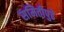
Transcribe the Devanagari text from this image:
समितीपुढे